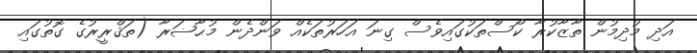
އަދި މުދިމުން ތާޒާކުރާ ކޯސްތަކުގައިވެސް ގިނަ އަހަރުތަކެއް ވަންދެން މުޙާޟަރާ (ތަޤްރީރުގެ ގޮތުގައި